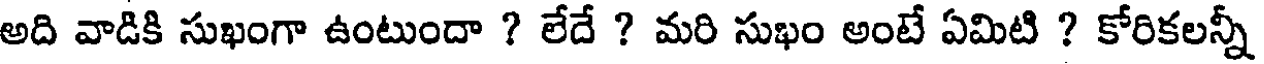
అది వాడికి సుఖంగా ఉంటుందా ? లేదే ? మరి సుఖం అంటే ఏమిటి ? కోరికలన్నీ